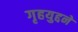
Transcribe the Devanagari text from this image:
गृहयुद्दने